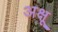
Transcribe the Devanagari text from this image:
अक्षू